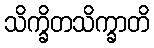
သိက္ခိတသိက္ခာတိ